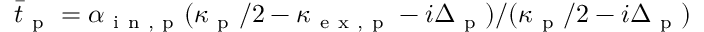
\bar { t } _ { \mathrm { ~ p ~ } } = \alpha _ { \mathrm { ~ i ~ n ~ , ~ p ~ } } ( \kappa _ { \mathrm { ~ p ~ } } / 2 - \kappa _ { \mathrm { ~ e ~ x ~ , ~ p ~ } } - i \Delta _ { \mathrm { ~ p ~ } } ) / ( \kappa _ { \mathrm { ~ p ~ } } / 2 - i \Delta _ { \mathrm { ~ p ~ } } )